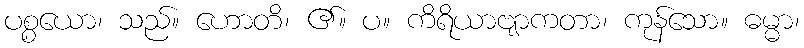
ပစ္စယော၊ သည်။ ဟောတိ၊ ၏။ ပ။ ကိရိယာဗျာကတာ၊ ကုန်သော။ ဓမ္မာ၊